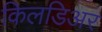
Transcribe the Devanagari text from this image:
किलडिअर